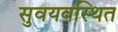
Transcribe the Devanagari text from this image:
सुवयवस्थित